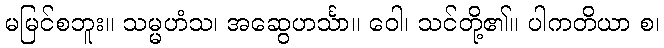
မမြင်စဘူး။ သမ္မဟံသ၊ အဆွေဟင်္သာ။ ဝေါ၊ သင်တို့၏။ ပါကတိယာ စ၊